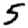
Digit: 5